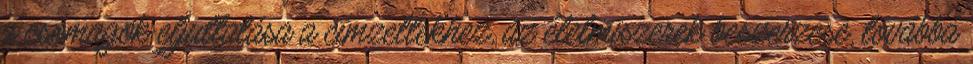
a csomagok eljuttatása a címzettekhez, az élelmiszerek beszerzése, továbbá